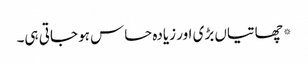
*چھاتیاں بڑی اور زیادہ حساس ہو جاتی ہی۔